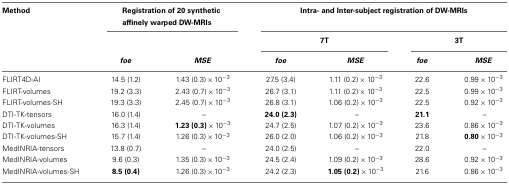
<table><thead><tr><td><b>Method</b></td><td colspan="2"><b>Registration of 20 synthetic affinely warped DW-MRIs</b></td><td colspan="4"><b>Intra- and Inter-subject registration of DW-MRIs</b></td></tr><tr><td></td><td></td><td></td><td colspan="2"><b>7T</b></td><td colspan="2"><b>3T</b></td></tr><tr><td></td><td><b><i>foe</i></b></td><td><b><i>MSE</i></b></td><td><b><i>foe</i></b></td><td><b><i>MSE</i></b></td><td><b><i>foe</i></b></td><td><b><i>MSE</i></b></td></tr></thead><tbody><tr><td>FLIRT4D-AI</td><td>14.5 (1.2)</td><td>1.43 (0.3) × 10<sup>−3</sup></td><td>27.5 (3.4)</td><td>1.11 (0.2) × 10<sup>−3</sup></td><td>22.6</td><td>0.99 × 10<sup>−3</sup></td></tr><tr><td>FLIRT-volumes</td><td>19.2 (3.3)</td><td>2.43 (0.7) × 10<sup>−3</sup></td><td>26.7 (3.1)</td><td>1.11 (0.2) × 10<sup>−3</sup></td><td>22.5</td><td>0.99 × 10<sup>−3</sup></td></tr><tr><td>FLIRT-volumes-SH</td><td>19.3 (3.3)</td><td>2.45 (0.7) × 10<sup>−3</sup></td><td>26.8 (3.1)</td><td>1.06 (0.2) × 10<sup>−3</sup></td><td>22.5</td><td>0.92 × 10<sup>−3</sup></td></tr><tr><td>DTI-TK-tensors</td><td>16.0 (1.4)</td><td>–</td><td><b>24.0 (2.3)</b></td><td>–</td><td><b>21.1</b></td><td>–</td></tr><tr><td>DTI-TK-volumes</td><td>16.3 (1.4)</td><td><b>1.23 (0.3)</b> × 10<sup>−3</sup></td><td>24.7 (2.5)</td><td>1.07 (0.2) × 10<sup>−3</sup></td><td>23.6</td><td>0.86 × 10<sup>−3</sup></td></tr><tr><td>DTI-TK-volumes-SH</td><td>15.7 (1.4)</td><td>1.26 (0.3) × 10<sup>−3</sup></td><td>26.0 (2.0)</td><td>1.06 (0.2) × 10<sup>−3</sup></td><td>21.8</td><td><b>0.80</b> × 10<sup>−3</sup></td></tr><tr><td>MedINRIA-tensors</td><td>13.8 (0.7)</td><td>–</td><td>24.0 (2.5)</td><td>–</td><td>22.0</td><td>–</td></tr><tr><td>MedINRIA-volumes</td><td>9.6 (0.3)</td><td>1.35 (0.3) × 10<sup>−3</sup></td><td>24.5 (2.4)</td><td>1.09 (0.2) × 10<sup>−3</sup></td><td>28.6</td><td>0.92 × 10<sup>−3</sup></td></tr><tr><td>MedINRIA-volumes-SH</td><td><b>8.5 (0.4)</b></td><td>1.26 (0.3) × 10<sup>−3</sup></td><td>24.2 (2.3)</td><td><b>1.05 (0.2)</b> × 10<sup>−3</sup></td><td>21.6</td><td>0.86 × 10<sup>−3</sup></td></tr></tbody></table>